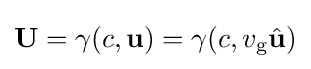
\mathbf {U} =\gamma (c,{\mathbf {u} })=\gamma (c,v_{\mathrm {g} }{\hat {\mathbf {u} }})